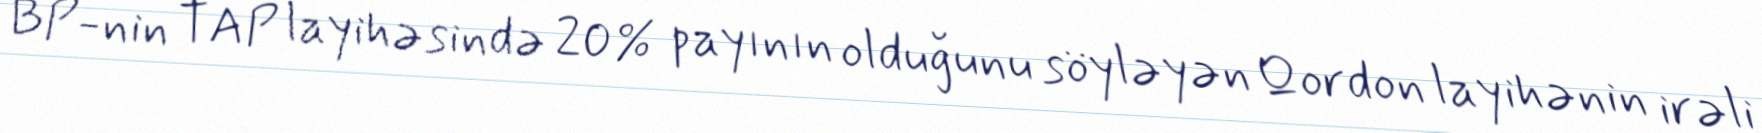
BP-nin TAP layihəsində 20% payının olduğunu söyləyən Qordon layihənin irəli